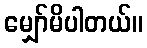
မျှော်မိပါတယ်။